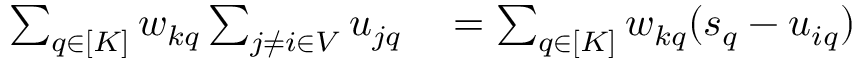
\begin{array} { r l } { \sum _ { q \in [ K ] } w _ { k q } \sum _ { j \neq i \in V } u _ { j q } } & { { } = \sum _ { q \in [ K ] } w _ { k q } ( s _ { q } - u _ { i q } ) } \end{array}